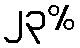
၂၃%